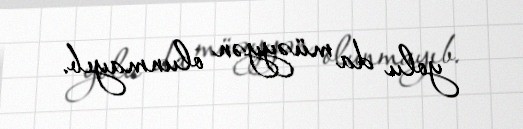
yolu da müəyyən olunmayıb.